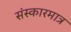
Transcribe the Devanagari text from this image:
संस्कारमात्र